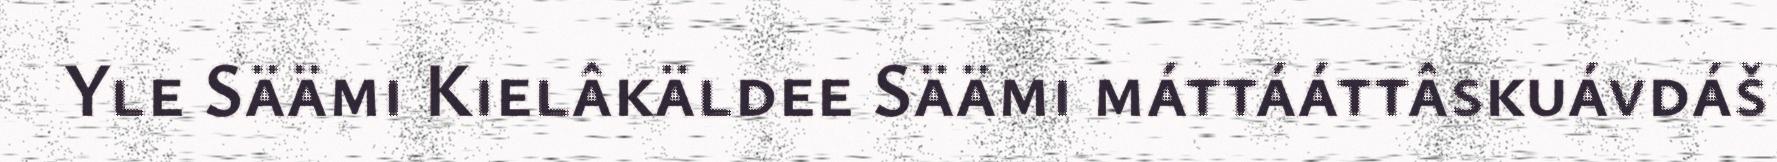
Yle Säämi Kielâkäldee Säämi máttááttâskuávdáš